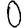
Digit: 0